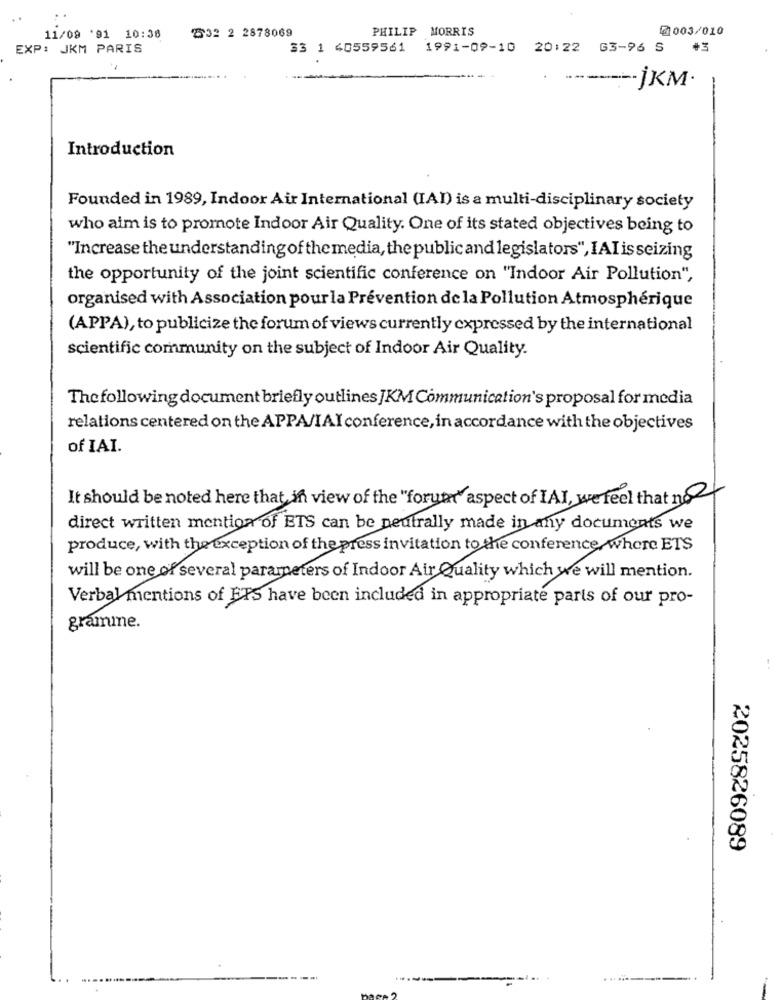
PHILIP MORRIS
@003/010
11/09 '91 10:38
532 2 2878069
EXP: JKM PARIS
33 1 40559561
1991-09-10 20:22 G3-96 S
+3
--- İKM·
Introduction
Founded in 1989, Indoor Air International (IAI) is a multi-disciplinary society
who aim is to promote Indoor Air Quality. One of its stated objectives being to
"Increase the understanding of the media, the publicand legislators", IAI is seizing
the opportunity of the joint scientific conference on "Indoor Air Pollution",
organised with Association pour la Prévention de la Pollution Atmosphérique
(APPA), to publicize the forum of views currently expressed by the international
scientific community on the subject of Indoor Air Quality.
The following document briefly outlines JKM Communication's proposal for media
relations centered on the APPA/IAI conference, in accordance with the objectives
of IAI.
It should be noted here that in view of the "forum aspect of IAI, we feel that no
direct written mention of ETS can be neutrally made in any documents we
produce, with the exception of the press invitation to the conference, where ETS
will be one of several parameters of Indoor Air Quality which we will mention.
Verbal mentions of Ers have been included in appropriate parts of our pro-
gramme.
2025826089
--